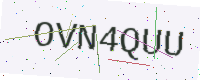
Text: OVN4QUU